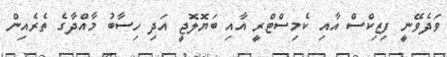
ވަދެވޭނީ ފިޒިކްސް އާއި ކެމިސްޓްރީ އާއި ބަޔޮލޮޖީ އަދި ހިސާބު މާއްދާގެ ތެރެއިން